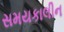
સમયકાલીન